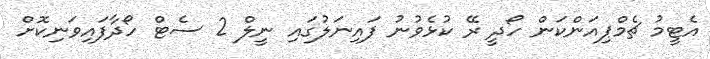
އެޓީމު ޗެމްޕިއަންކަން ހޯދީ ރޭ ކުޅެވުނު ފައިނަލުގައި ނީލް 2 ސެޓް ހޯދާފައިވަނިކޮށް